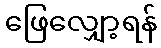
ဖြေလျှော့ရန်